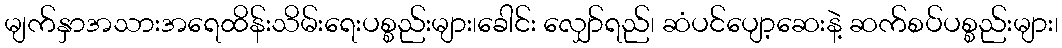
မျက်နှာအသားအရေထိန်းသိမ်းရေးပစ္စည်းများ၊ခေါင်း လျှော်ရည်၊ ဆံပင်ပျော့ဆေးနဲ့ ဆက်စပ်ပစ္စည်းများ၊